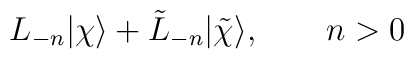
L_{-n} | \chi \rangle + \tilde L_{-n} | \tilde\chi \rangle,\qquad n>0